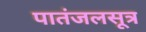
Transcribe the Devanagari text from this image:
पातंजलसूत्र